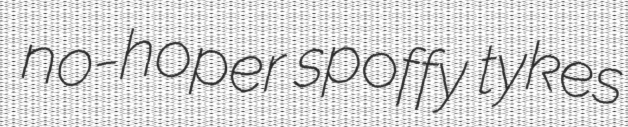
no-hoper spoffy tykes